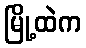
မြို့ထဲက